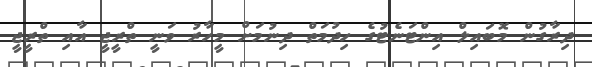
ދިރާގުން މޮބައިލް އިންޓަނެޓުގެ ހިދުމަތް ދިނުމަށް މީހާރު ވަނީ ތްރީޖީ އާއި ތްރީޖީ